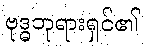
ဗုဒ္ဓဘုရားရှင်၏